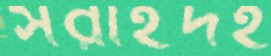
সরাইদহ